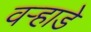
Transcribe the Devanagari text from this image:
वऱ्हाडे